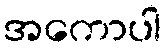
အကောပါ